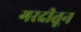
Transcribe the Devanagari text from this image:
गरदीतून